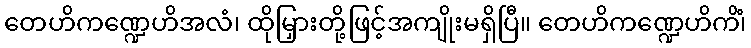
တေဟိကဏ္ဍေဟိအလံ၊ ထိုမြှားတို့ဖြင့်အကျိုးမရှိပြီ။ တေဟိကဏ္ဍေဟိကိံ၊